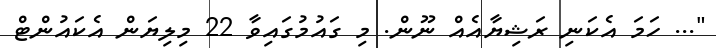
"... ހަމަ އެކަނި ރަޝިޔާއެއް ނޫން. މި ގައުމުގައިވާ 22 މިލިޔަން އެކައުންޓް